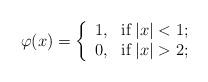
LaTeX: \begin{align*} \varphi(x) = \left\{\begin{array}{ll} 1, & \hbox{if}\; |x|< 1;\\ 0, & \hbox{if}\; |x|>2; \end{array} \right. \end{align*}